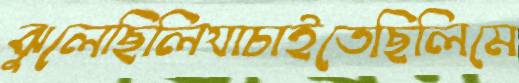
ঝুলেছিলিযাচাইতেছিলিমে